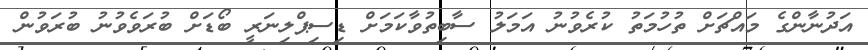
އަދުނާންގެ މައްޗަށް ތުހުމަތު ކުރެވުނު އަމަލު ސާބިތުވާކަމަށް ޑިސިޕްލިނަރީ ބޯޑަށް ބުރަވެވުނު ބުރަވުން